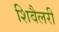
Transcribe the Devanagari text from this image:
शिवैलरी